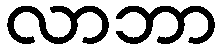
လာဘာ